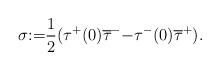
LaTeX: \begin{align*}\sigma{:=}\frac{1}{2}(\tau^+(0)\overline{\tau}^-{-}\tau^{-}(0)\overline{\tau}^+).\end{align*}